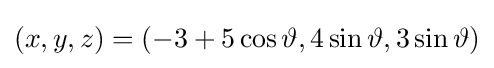
(x,y,z)=(-3+5\cos \vartheta ,4\sin \vartheta ,3\sin \vartheta )\,\!